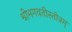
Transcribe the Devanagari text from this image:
श्रीभगवतीस्तोत्रम्